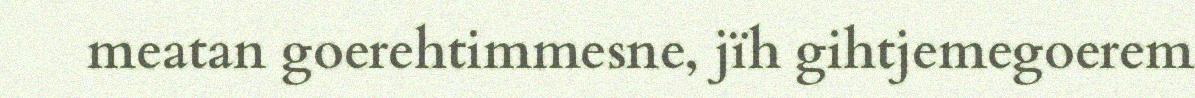
meatan goerehtimmesne, jïh gihtjemegoerem